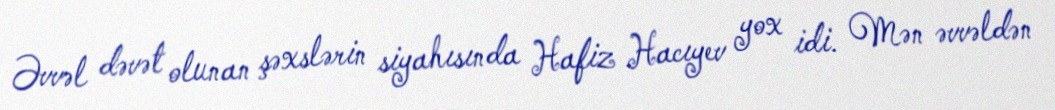
Əvvəl dəvət olunan şəxslərin siyahısında Hafiz Hacıyev yox idi. Mən əvvəldən